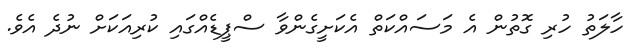
ހާލަތު ހުރި ގޮތުން އެ މަސައްކަތް އެކަށީގެންވާ ސްޕީޑެއްގައި ކުރިއަކަށް ނުދެ އެވެ.